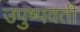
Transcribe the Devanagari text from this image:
उपुष्पवती